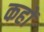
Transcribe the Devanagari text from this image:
कहों